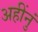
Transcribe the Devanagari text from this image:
अहींनुं